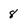
Character: 8